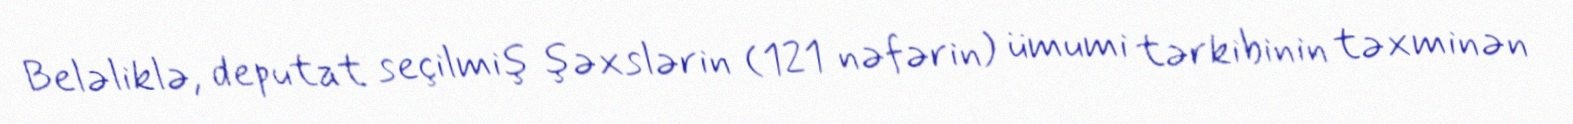
Beləliklə, deputat seçilmiş şəxslərin (121 nəfərin) ümumi tərkibinin təxminən